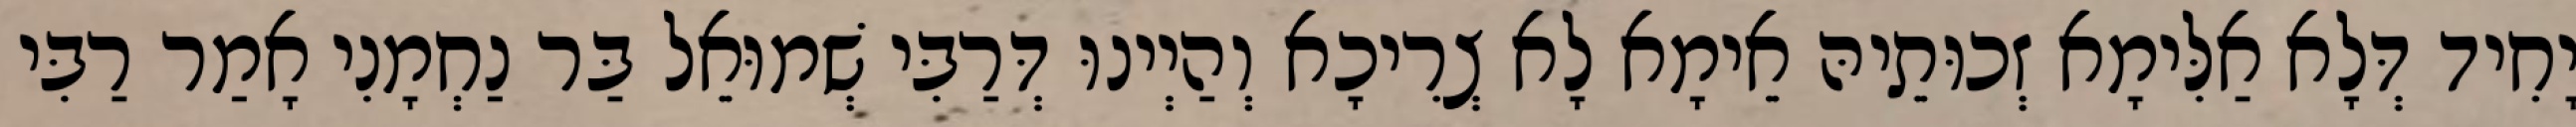
יָחִיד דְּלָא אַלִּימָא זְכוּתֵיהּ אֵימָא לָא צְרִיכָא וְהַיְינוּ דְּרַבִּי שְׁמוּאֵל בַּר נַחְמָנִי אָמַר רַבִּי